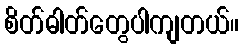
စိတ်ဓါတ်တွေပါကျတယ်။